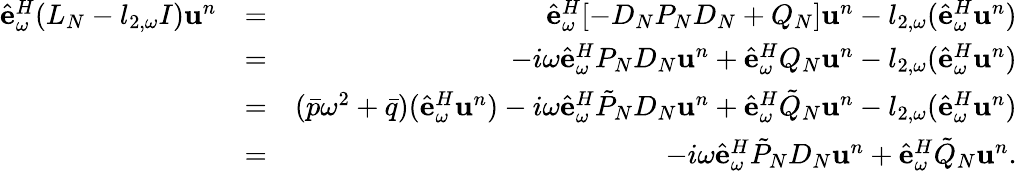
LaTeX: \begin{array}{rlr}{\hat{\mathbf e}_{\omega}^{H}(L_{N}-l_{2,\omega}I){\mathbf u}^{n}}&{=}&{\hat{\mathbf e}_{\omega}^{H}[-D_{N}P_{N}D_{N}+Q_{N}]{\mathbf u}^{n}-l_{2,\omega}(\hat{\mathbf e}_{\omega}^{H}{\mathbf u}^{n})}\\ &{=}&{-i\omega\hat{\mathbf e}_{\omega}^{H}P_{N}D_{N}{\mathbf u}^{n}+\hat{\mathbf e}_{\omega}^{H}Q_{N}{\mathbf u}^{n}-l_{2,\omega}(\hat{\mathbf e}_{\omega}^{H}{\mathbf u}^{n})}\\ &{=}&{(\bar{p}\omega^{2}+\bar{q})(\hat{\mathbf e}_{\omega}^{H}{\mathbf u}^{n})-i\omega\hat{\mathbf e}_{\omega}^{H}\tilde{P}_{N}D_{N}{\mathbf u}^{n}+\hat{\mathbf e}_{\omega}^{H}\tilde{Q}_{N}{\mathbf u}^{n}-l_{2,\omega}(\hat{\mathbf e}_{\omega}^{H}{\mathbf u}^{n})}\\ &{=}&{-i\omega\hat{\mathbf e}_{\omega}^{H}\tilde{P}_{N}D_{N}{\mathbf u}^{n}+\hat{\mathbf e}_{\omega}^{H}\tilde{Q}_{N}{\mathbf u}^{n}.}\end{array}